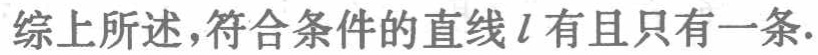
综上所述，符合条件的直线\(l\)有且只有一条.